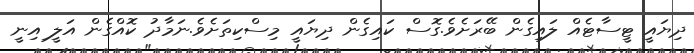
ދިޔައީ ޓީސާޓެއް ލައިގެން ބޭރަށެވެ.ގޮސް ކައިގެން ދިޔައީ މިސްކިތަށެވެ.ނަމާދު ކޮއްގެން އަލީ ިއިނީ